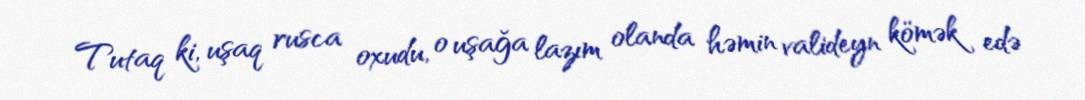
Tutaq ki, uşaq rusca oxudu, o uşağa lazım olanda həmin valideyn kömək edə